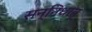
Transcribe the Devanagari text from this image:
सन्निधातृ